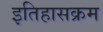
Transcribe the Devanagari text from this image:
इतिहासक्रम